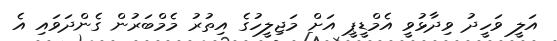
އަލީ ވަހީދު ވިދާޅުވީ އެމްޑީޕީ އަށް މަޖިލީހުގެ އިތުރު މެމްބަރުން ގެންދަވައި އެ